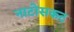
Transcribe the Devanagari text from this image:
नाटोसकट